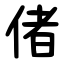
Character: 偖